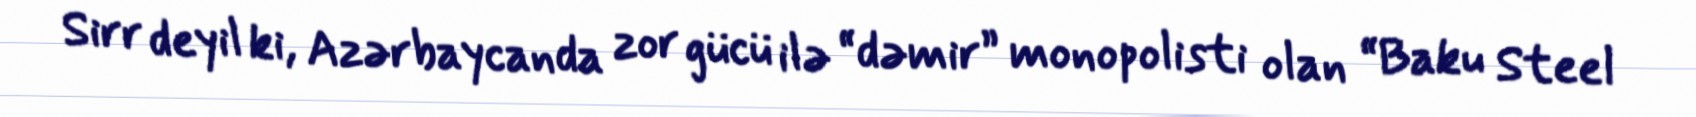
Sirr deyil ki, Azərbaycanda zor gücü ilə “dəmir” monopolisti olan “Baku Steel